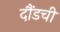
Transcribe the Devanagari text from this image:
दौंडची